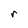
Character: r